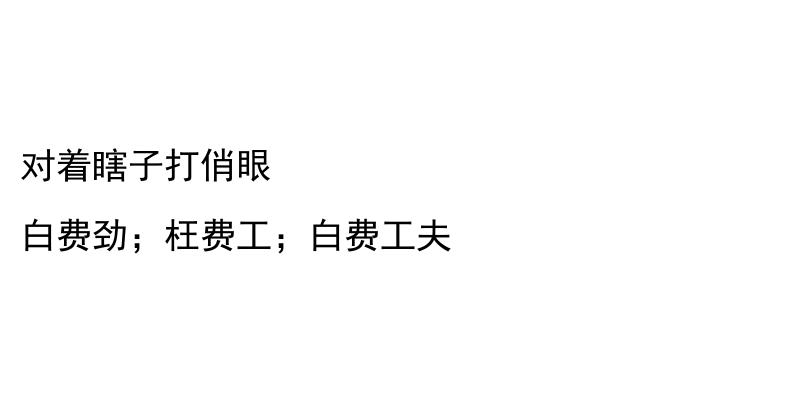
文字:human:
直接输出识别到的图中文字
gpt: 对着瞎子打俏眼 白费劲；枉费工；白费工夫